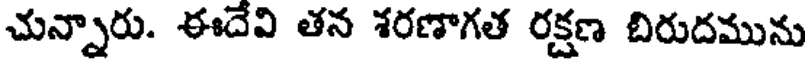
చున్నారు. ఈదేవి తన శరణాగత రక్షణ బిరుదమును